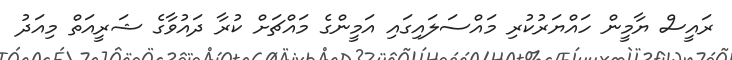
ރައީސް ޔާމީން ހައްޔަރުކުރި މައްސަލައިގައި އަމީންގެ މައްޗަށް ކުރާ ދައުވާގެ ޝަރީއަތް މިއަދު